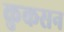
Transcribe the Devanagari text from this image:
कुकसन